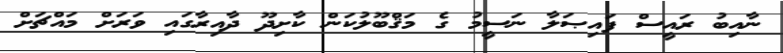
ނާއިބު ރައީސް ފައިޞަލާ ނަސީމު ގެ މަޤްބޫލުކަން ކާށިދޫ ދާއިރާގައި ވަރަށް މައްޗަށް